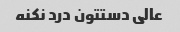
عالی دستتون درد نکنه